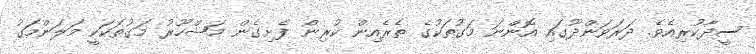
ސީދާކުރިއެވެ. ދަރަވަންދޫގައި އޮންނަ މަގުތަކުގެ ތެރެއިން ކުރިން ފެށިގެން މަޝްހޫރު މަގުތަކަކީ މަލަންމަގު